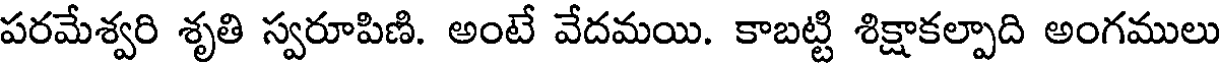
పరమేశ్వరి శృతి స్వరూపిణి. అంటే వేదమయి. కాబట్టి శిక్షాకల్పాది అంగములు